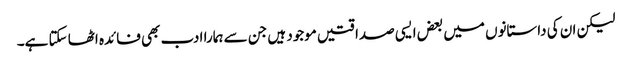
لیکن ان کی داستانوں میں بعض ایسی صداقتیں موجود ہیں جن سے ہمارا ادب بھی فائدہ اٹھا سکتا ہے۔